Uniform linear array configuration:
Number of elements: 64
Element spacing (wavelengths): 0.25
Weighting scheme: uniform
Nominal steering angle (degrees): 15
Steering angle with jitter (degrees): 15.228
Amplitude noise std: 0.05
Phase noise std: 0.05

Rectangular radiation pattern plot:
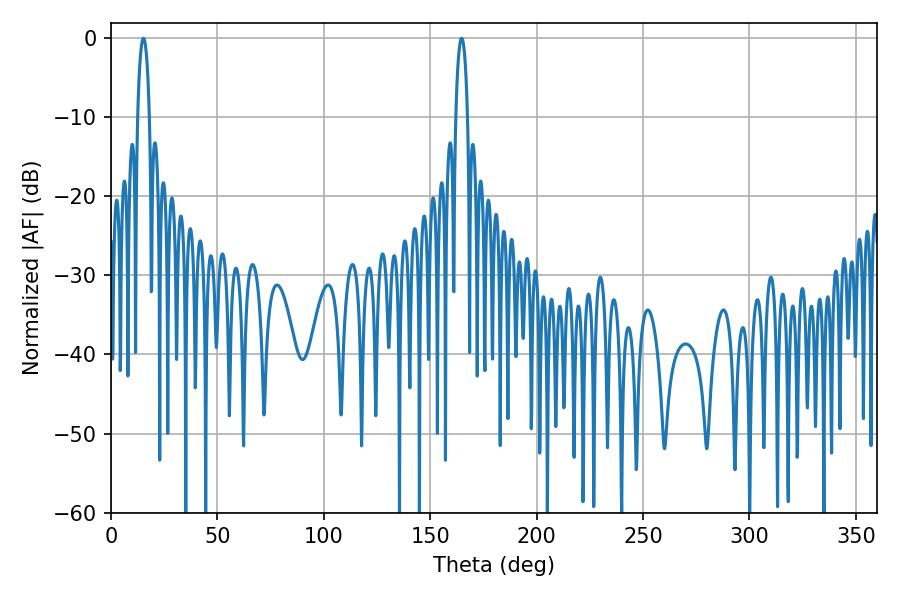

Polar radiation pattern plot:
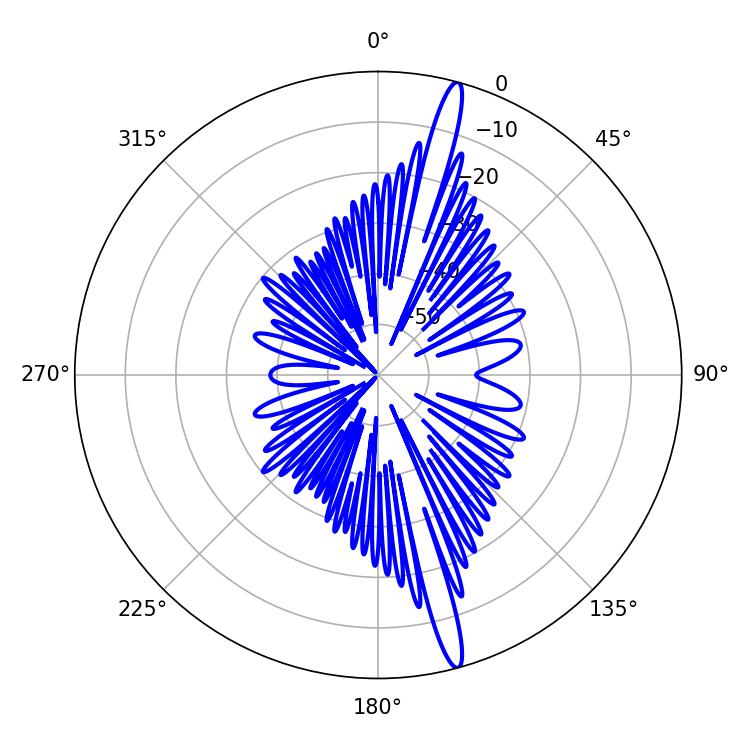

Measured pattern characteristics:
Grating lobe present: FALSE
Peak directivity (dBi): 17.67
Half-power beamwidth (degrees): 3.06
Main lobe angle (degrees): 15.3